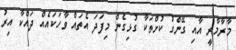
މާރާމާރީ އާއި ގޭންގު ކުށްތަކާ ގުޅިގެން މިފަދަ އެތައް ވާހަކައެއް ދައްކާ އިރު